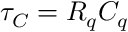
\tau _ { C } = R _ { q } C _ { q }